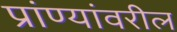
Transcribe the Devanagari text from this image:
प्रांण्यांवरील